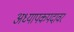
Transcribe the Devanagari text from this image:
अध्यापकपदावर